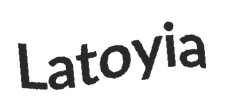
Latoyia